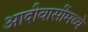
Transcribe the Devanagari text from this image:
आदीवासींमध्ये